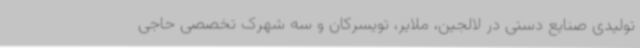
تولیدی صنایع دستی در لالجین، ملایر، تویسرکان و سه شهرک تخصصی حاجی